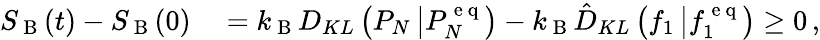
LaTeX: \begin{array}{rl}{S_{\mathrm{~B~}}(t)-S_{\mathrm{~B~}}(0)}&{{}=k_{\mathrm{~B~}}D_{KL}\left(P_{N}\left|P_{N}^{\mathrm{~e~q~}}\right.\right)-k_{\mathrm{~B~}}\hat{D}_{KL}\left(f_{1}\left|f_{1}^{\mathrm{~e~q~}}\right.\right)\geq 0\, ,}\end{array}